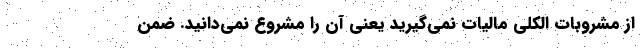
از مشروبات الکلی مالیات نمی‌گیرید یعنی آن را مشروع نمی‌دانید. ضمن